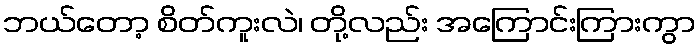
ဘယ်တော့ စိတ်ကူးလဲ၊ တို့လည်း အကြောင်းကြားကွာ